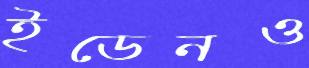
ইডেনও